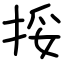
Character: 挼